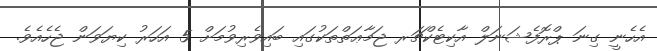
އެހެނީ ގިނަ ޕްރޮފެޝަނަލް އާކިޓެކްޗަރ ޖަމާޢަތްތަކުގައި ބައިވެރިވުމަށް 5 އަހަރު ކިޔަވަން ޖެހެއެވެ.